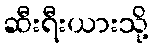
ဆီးရီးယားသို့